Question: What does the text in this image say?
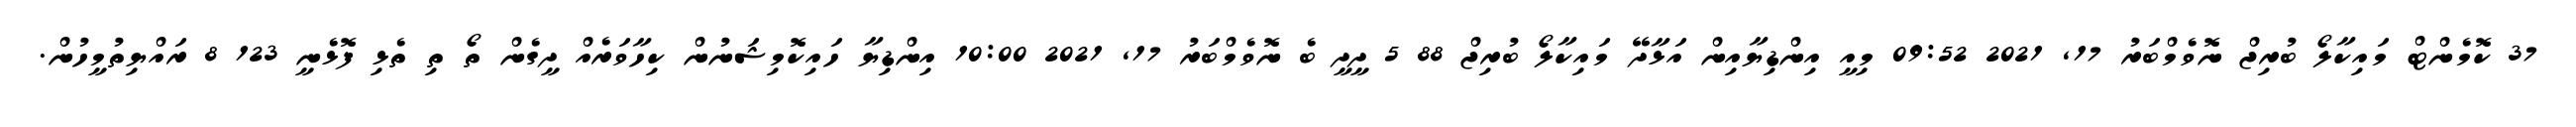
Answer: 37 ކޮމެންޓް މައިކާލޯ ބުރިޖް ނޮވެމްބަރު 17, 2021 09:52 މިއީ އިންޑިޔާއިން އަޅާދޭ މައިކާލޯ ބުރިޖް 88 5 ދީދީ ބެ ނޮވެމްބަރު 17, 2021 10:00 އިންޑިޔާ ހައިކޮމިޝަނުން ކިހާވަރެއް ދީގެން ތޯ ތި ތެޅި ފޮޅެނީ 123 8 ރައްޔިތުމީހުން.